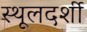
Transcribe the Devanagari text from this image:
स्थूलदर्शी